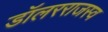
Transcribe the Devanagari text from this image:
डॉलरराजस्व